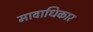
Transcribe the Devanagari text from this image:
मावाधिकार